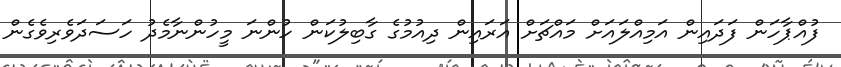
ފުއްޕާހަން ފަދައިން އަމިއްލަައަށް މައްޗަށް އަރައިން ދިއުމުގެ ގާބިލުކަން ހުންނަ މީހުންނާމެދު ހަސަދަވެރިވެގެން